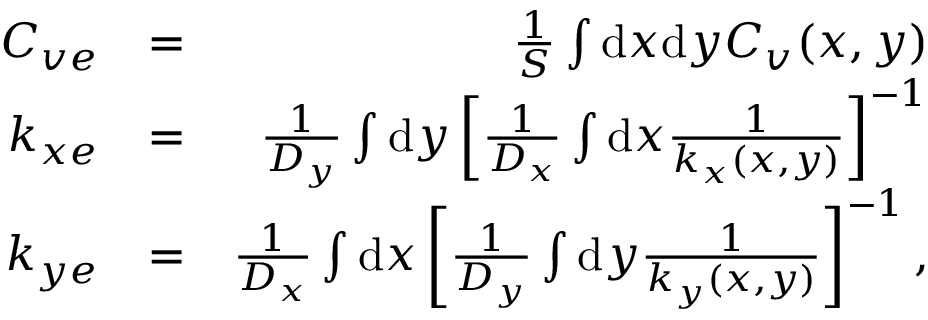
\begin{array} { r l r } { C _ { v e } } & { = } & { \frac { 1 } { S } \int \mathrm { d } x \mathrm { d } y C _ { v } ( x , y ) } \\ { k _ { x e } } & { = } & { \frac { 1 } { D _ { y } } \int \mathrm { d } y \left[ \frac { 1 } { D _ { x } } \int \mathrm { d } x \frac { 1 } { k _ { x } ( x , y ) } \right] ^ { - 1 } } \\ { k _ { y e } } & { = } & { \frac { 1 } { D _ { x } } \int \mathrm { d } x \left[ \frac { 1 } { D _ { y } } \int \mathrm { d } y \frac { 1 } { k _ { y } ( x , y ) } \right] ^ { - 1 } , } \end{array}